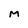
Character: M